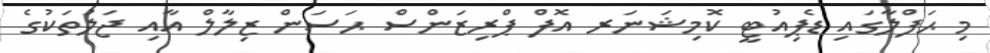
މި ޙަފްލާގައި ޑެޕިއުޓީ ކޮމިޝަނަރ އޮފް ޕްރިޒަންސް ޙަސަން ޒިލާލް އާއި ޖަލުތަކުގެ